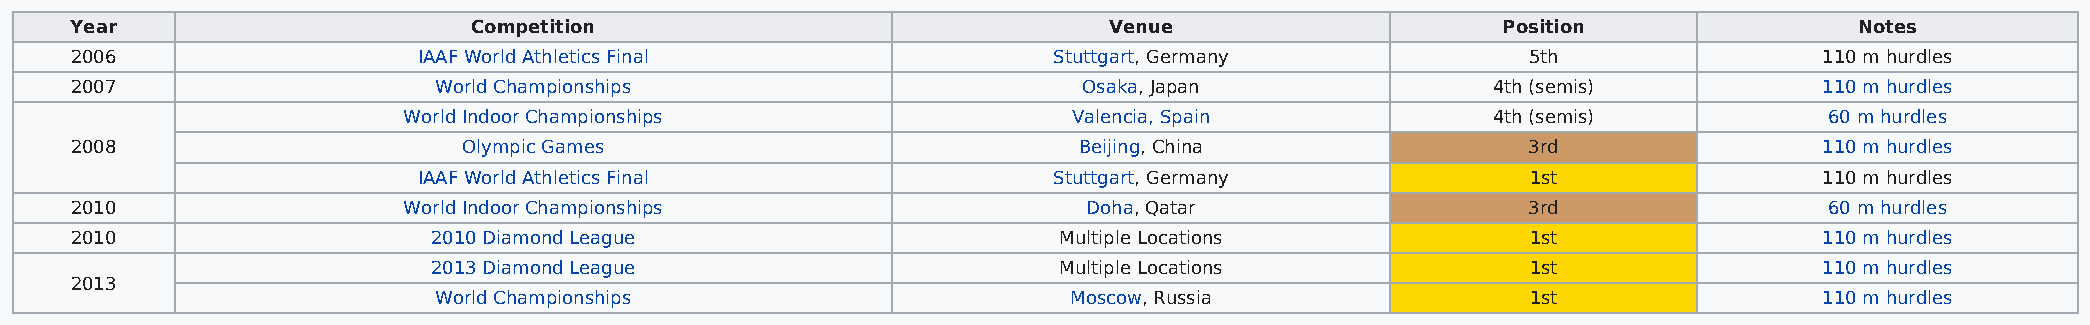
Year                      Competition                               Venue                     Position                Notes
 2006                   IAAF World Athletics Final                Stuttgart, Germany             5th                 110 m hurdles
 2007                    World Championships                        Osaka, Japan               4th (semis)           110 m hurdles
 World Indoor Championships                  Valencia, Spain             4th (semis)           60 m hurdles
 2008                      Olympic Games                           Beijing, China                3rd                 110 m hurdles
 IAAF World Athletics Final                Stuttgart, Germany             1st                 110 m hurdles
 2010                  World Indoor Championships                   Doha, Qatar                  3rd                 60 m hurdles
 2010                    2010 Diamond League                      Multiple Locations             1st                 110 m hurdles
 2013 Diamond League                      Multiple Locations             1st                 110 m hurdles
 2013
 World Championships                       Moscow, Russia                1st                 110 m hurdles